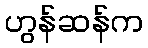
ဟွန်ဆန်က